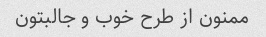
ممنون از طرح خوب و جالبتون